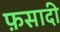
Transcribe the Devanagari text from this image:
फ़सादी